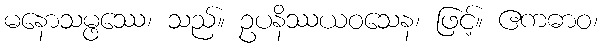
မနောသမ္ဖဿေ၊ သည်။ ဥပနိဿယဝသေန၊ ဖြင့်။ ဧကဓာဝ၊